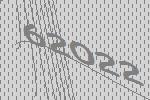
62022